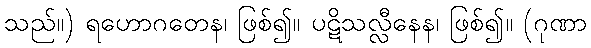
သည်။) ရဟောဂတေန၊ ဖြစ်၍။ ပဋိသလ္လီနေန၊ ဖြစ်၍။ (ဂုဏာ